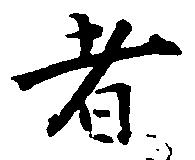
者